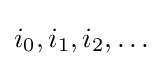
i_{0},i_{1},i_{2},\dots